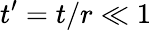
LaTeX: t^{\prime}=t/r\ll 1